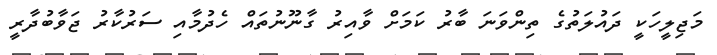
މަޖިލީހަކީ ދައުލަތުގެ ތިންވަނަ ބާރު ކަމަށް ވާއިރު ގާނޫނުތައް ހެދުމާއި ސަރުކާރު ޖަވާބުދާރީ